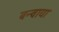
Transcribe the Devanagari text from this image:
बन्वाया